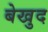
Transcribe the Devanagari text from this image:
बेखुद